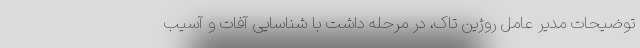
توضیحات مدیر عامل روژین تاک، در مرحله داشت با شناسایی آفات و آسیب